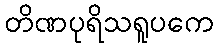
တိဏပုရိသရူပကေ